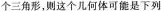
个三角形，则这个几何体可能是下列